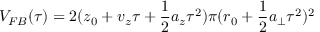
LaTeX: V _ { F B } ( \tau ) = 2 ( z _ { 0 } + v _ { z } \tau + \frac { 1 } { 2 } a _ { z } \tau ^ { 2 } ) \pi ( r _ { 0 } + \frac { 1 } { 2 } a _ { \perp } \tau ^ { 2 } ) ^ { 2 }